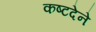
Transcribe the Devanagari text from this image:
कष्टदेने